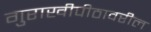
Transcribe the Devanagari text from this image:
गुराखीपीठावरील